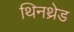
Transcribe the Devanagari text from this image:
थिनथ्रेड